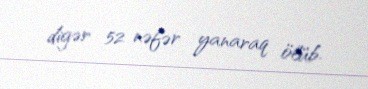
digər 52 nəfər yanaraq ölüb.